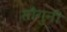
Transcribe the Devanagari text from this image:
सौगुनी